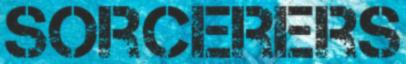
SORCERERS